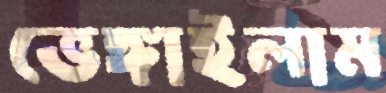
ভেঙ্গাইলাম